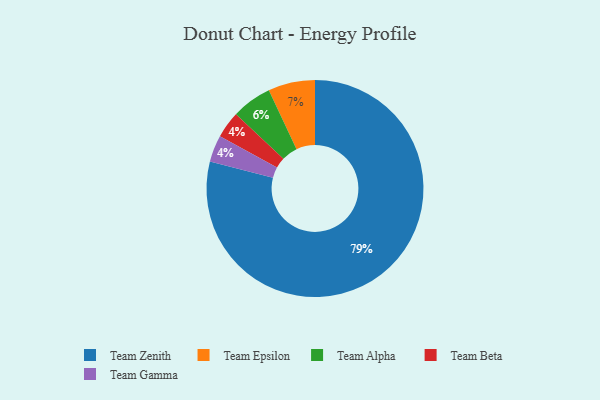
{"axis": {"x": "Category", "y": "Percentage"}, "legend": ["Team Alpha", "Team Beta", "Team Epsilon", "Team Gamma", "Team Zenith"], "data": [{"x": "Team Beta", "y": 4, "type": "Team Beta"}, {"x": "Team Epsilon", "y": 7, "type": "Team Epsilon"}, {"x": "Team Zenith", "y": 79, "type": "Team Zenith"}, {"x": "Team Gamma", "y": 4, "type": "Team Gamma"}, {"x": "Team Alpha", "y": 6, "type": "Team Alpha"}]}